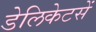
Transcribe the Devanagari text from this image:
डेलिकेटसें